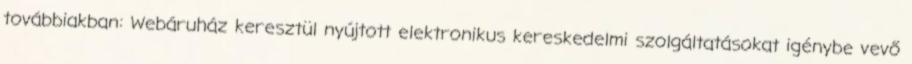
továbbiakban: Webáruház keresztül nyújtott elektronikus kereskedelmi szolgáltatásokat igénybe vevő